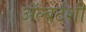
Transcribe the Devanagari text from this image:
ॲल्बर्टशी